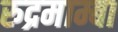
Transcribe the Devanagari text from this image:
रुद्रमाम्बा